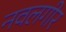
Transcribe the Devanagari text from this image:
नवलगीर